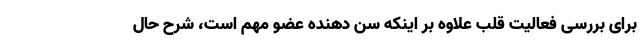
برای بررسی فعالیت قلب علاوه بر اینکه سن دهنده عضو مهم است‌، شرح حال